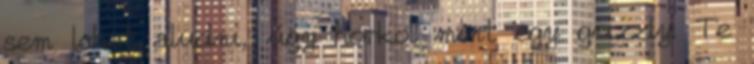
sem lehet aludni, úgy horkol mint egy grizzly. Te